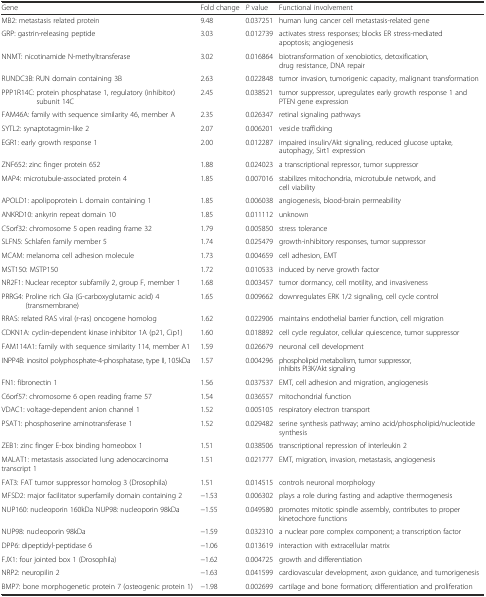
<table><thead><tr><td><b>Gene</b></td><td><b>Fold change</b></td><td><b><i>P</i> value</b></td><td><b>Functional involvement</b></td></tr></thead><tbody><tr><td>MB2: metastasis related protein</td><td>9.48</td><td>0.037251</td><td>human lung cancer cell metastasis-related gene</td></tr><tr><td>GRP: gastrin-releasing peptide</td><td>3.03</td><td>0.012739</td><td>activates stress responses; blocks ER stress-mediated apoptosis; angiogenesis</td></tr><tr><td>NNMT: nicotinamide N-methyltransferase</td><td>3.02</td><td>0.016864</td><td>biotransformation of xenobiotics, detoxification, drug resistance, DNA repair</td></tr><tr><td>RUNDC3B: RUN domain containing 3B</td><td>2.63</td><td>0.022848</td><td>tumor invasion, tumorigenic capacity, malignant transformation</td></tr><tr><td>PPP1R14C: protein phosphatase 1, regulatory (inhibitor) subunit 14C</td><td>2.45</td><td>0.038521</td><td>tumor suppressor, upregulates early growth response 1 and PTEN gene expression</td></tr><tr><td>FAM46A: family with sequence similarity 46, member A</td><td>2.35</td><td>0.026347</td><td>retinal signaling pathways</td></tr><tr><td>SYTL2: synaptotagmin-like 2</td><td>2.07</td><td>0.006201</td><td>vesicle trafficking</td></tr><tr><td>EGR1: early growth response 1</td><td>2.00</td><td>0.012287</td><td>impaired insulin/Akt signaling, reduced glucose uptake, autophagy, Sirt1 expression</td></tr><tr><td>ZNF652: zinc finger protein 652</td><td>1.88</td><td>0.024023</td><td>a transcriptional repressor, tumor suppressor</td></tr><tr><td>MAP4: microtubule-associated protein 4</td><td>1.85</td><td>0.007016</td><td>stabilizes mitochondria, microtubule network, and cell viability</td></tr><tr><td>APOLD1: apolipoprotein L domain containing 1</td><td>1.85</td><td>0.006038</td><td>angiogenesis, blood-brain permeability</td></tr><tr><td>ANKRD10: ankyrin repeat domain 10</td><td>1.85</td><td>0.011112</td><td>unknown</td></tr><tr><td>C5orf32: chromosome 5 open reading frame 32</td><td>1.79</td><td>0.005850</td><td>stress tolerance</td></tr><tr><td>SLFN5: Schlafen family member 5</td><td>1.74</td><td>0.025479</td><td>growth-inhibitory responses, tumor suppressor</td></tr><tr><td>MCAM: melanoma cell adhesion molecule</td><td>1.73</td><td>0.004659</td><td>cell adhesion, EMT</td></tr><tr><td>MST150: MSTP150</td><td>1.72</td><td>0.010533</td><td>induced by nerve growth factor</td></tr><tr><td>NR2F1: Nuclear receptor subfamily 2, group F, member 1</td><td>1.68</td><td>0.003457</td><td>tumor dormancy, cell motility, and invasiveness</td></tr><tr><td>PRRG4: Proline rich Gla (G-carboxyglutamic acid) 4 (transmembrane)</td><td>1.65</td><td>0.009662</td><td>downregulates ERK 1/2 signaling, cell cycle control</td></tr><tr><td>RRAS: related RAS viral (r-ras) oncogene homolog</td><td>1.62</td><td>0.022906</td><td>maintains endothelial barrier function, cell migration</td></tr><tr><td>CDKN1A: cyclin-dependent kinase inhibitor 1A (p21, Cip1)</td><td>1.60</td><td>0.018892</td><td>cell cycle regulator, cellular quiescence, tumor suppressor</td></tr><tr><td>FAM114A1: family with sequence similarity 114, member A1</td><td>1.59</td><td>0.026679</td><td>neuronal cell development</td></tr><tr><td>INPP4B: inositol polyphosphate-4-phosphatase, type II, 105kDa</td><td>1.57</td><td>0.004296</td><td>phospholipid metabolism, tumor suppressor, inhibits PI3K/Akt signaling</td></tr><tr><td>FN1: fibronectin 1</td><td>1.56</td><td>0.037537</td><td>EMT, cell adhesion and migration, angiogenesis</td></tr><tr><td>C6orf57: chromosome 6 open reading frame 57</td><td>1.54</td><td>0.036557</td><td>mitochondrial function</td></tr><tr><td>VDAC1: voltage-dependent anion channel 1</td><td>1.52</td><td>0.005105</td><td>respiratory electron transport</td></tr><tr><td>PSAT1: phosphoserine aminotransferase 1</td><td>1.52</td><td>0.029482</td><td>serine synthesis pathway; amino acid/phospholipid/nucleotide synthesis</td></tr><tr><td>ZEB1: zinc finger E-box binding homeobox 1</td><td>1.51</td><td>0.038506</td><td>transcriptional repression of interleukin 2</td></tr><tr><td>MALAT1: metastasis associated lung adenocarcinoma transcript 1</td><td>1.51</td><td>0.021777</td><td>EMT, migration, invasion, metastasis, angiogenesis</td></tr><tr><td>FAT3: FAT tumor suppressor homolog 3 (Drosophila)</td><td>1.51</td><td>0.014515</td><td>controls neuronal morphology</td></tr><tr><td>MFSD2: major facilitator superfamily domain containing 2</td><td>−1.53</td><td>0.006302</td><td>plays a role during fasting and adaptive thermogenesis</td></tr><tr><td>NUP160: nucleoporin 160kDa NUP98: nucleoporin 98kDa</td><td>−1.55</td><td>0.049580</td><td>promotes mitotic spindle assembly, contributes to proper kinetochore functions</td></tr><tr><td>NUP98: nucleoporin 98kDa</td><td>−1.59</td><td>0.032310</td><td>a nuclear pore complex component; a transcription factor</td></tr><tr><td>DPP6: dipeptidyl-peptidase 6</td><td>−1.06</td><td>0.013619</td><td>interaction with extracellular matrix</td></tr><tr><td>FJX1: four jointed box 1 (Drosophila)</td><td>−1.62</td><td>0.004725</td><td>growth and differentiation</td></tr><tr><td>NRP2: neuropilin 2</td><td>−1.63</td><td>0.041599</td><td>cardiovascular development, axon guidance, and tumorigenesis</td></tr><tr><td>BMP7: bone morphogenetic protein 7 (osteogenic protein 1)</td><td>−1.98</td><td>0.002699</td><td>cartilage and bone formation; differentiation and proliferation</td></tr></tbody></table>